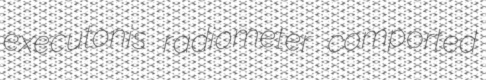
executonis radiometer comported